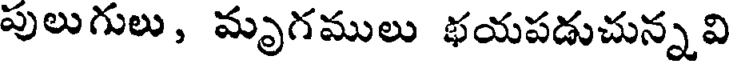
పులుగులు, మృగములు భయపడుచున్నవి